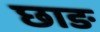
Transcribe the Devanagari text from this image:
छाङ